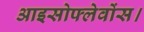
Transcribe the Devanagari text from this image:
आइसोफ्लेवोंस।